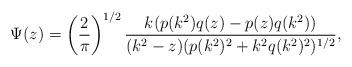
LaTeX: \begin{align*}\Psi(z) = \left(\frac{2}{\pi}\right)^{1/2}\frac{k(p(k^2)q(z)-p(z)q(k^2))}{(k^2-z)(p(k^2)^2+k^2q(k^2)^2)^{1/2}},\end{align*}